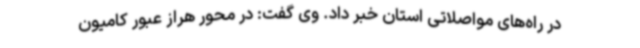
در راه‌های مواصلاتی استان خبر داد. وی گفت: در محور هراز عبور کامیون